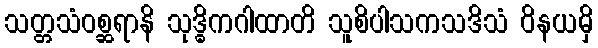
သတ္တသံဝစ္ဆရာနိ သုဒ္ဓိကဂါထာတိ သူစိပါသကသဒိသံ ဝိနယမှိ